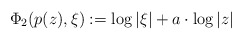
\begin{align*}\Phi_2(p(z), \xi) := \log|\xi|+a\cdot \log|z|\end{align*}